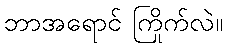
ဘာအရောင် ကြိုက်လဲ။